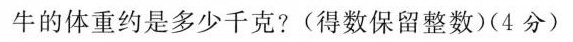
牛的体重约是多少千克?(得数保留整数)(4分)